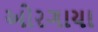
ઓરગાયા